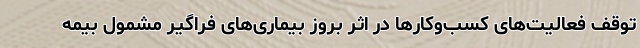
توقف فعالیت‌های کسب‌وکارها در اثر بروز بیماری‌های فراگیر مشمول بیمه